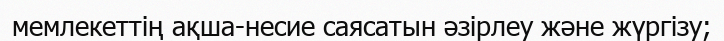
мемлекеттің ақша-несие саясатын әзірлеу және жүргізу;